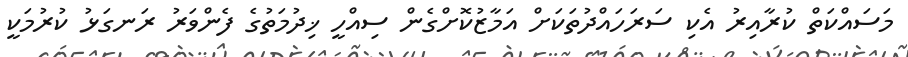
މަސައްކަތް ކުރާއިރު އެކި ސަރަހައްދުތަކަށް އަމާޒުކޮށްގެން ސިއްހީ ޚިދުމަތުގެ ފެންވަރު ރަނގަޅު ކުރުމަކީ